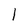
Character: l